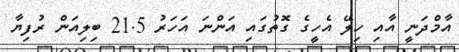
އާމްދަނީ އާއި ހިލޭ އެހީގެ ގޮތުގައި އަންނަ އަހަރު 21.5 ބިލިއަން ރުފިޔާ